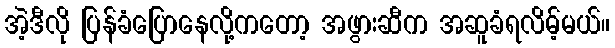
အဲ့ဒီလို ပြန်ခံပြောနေလို့ကတော့ အဖွားဆီက အဆူခံရလိမ့်မယ်။